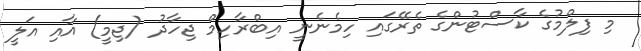
މި ފިލްމުގެ ކާސްޓުންގެ ތެރޭގައި ހިމެނެނީ އިބްރާހިމް ޖިހާދު (ޖިމީ) އާއި އަލީ